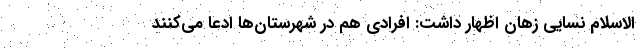
الاسلام نسایی زهان اظهار داشت: افرادی هم در شهرستان‌ها ادعا می‌کنند